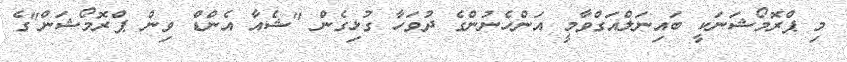
މި ޕްރޮމޯޝަނަކީ ބައިނަލްއަގްވާމީ އަންހެނުންގެ ދުވަހާ ގުޅިގެން "ޝެއާ އެންޑް ވިން ޕްރޮމޯޝަން"ގެ